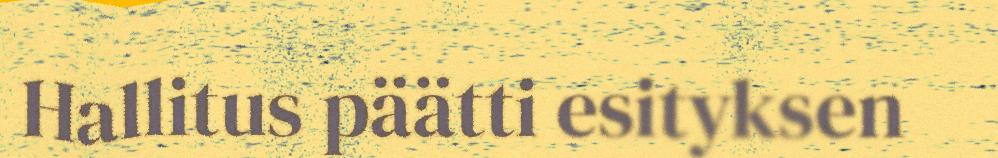
Hallitus päätti esityksen